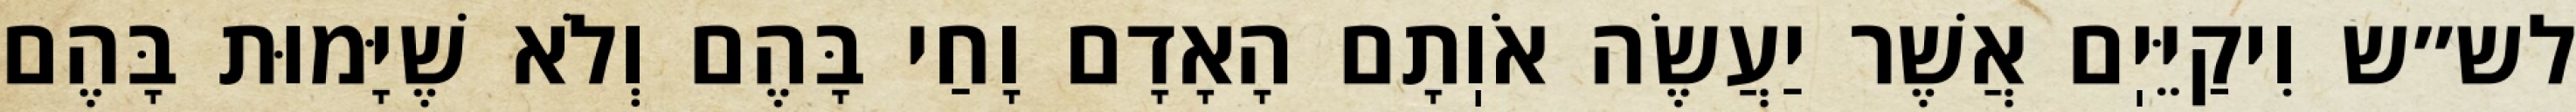
לש״ש וִיקַיֵּיֽם אֲשֶׁר יַעֲשֶׂה אֹוֽתָם הָאָדָם וָחַי בָּהֶם וְלֹא שֶׁיָּמוּת בָּהֶם